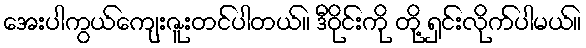
အေးပါကွယ်ကျေးဇူးတင်ပါတယ်။ ဒီဝိုင်းကို တို့ ရှင်းလိုက်ပါမယ်။